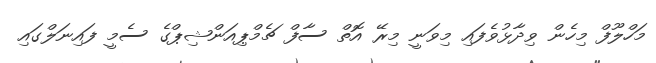
މަހްލޫފް މިހެން ވިދާޅުވެފައި މިވަނީ މިރޭ އޮތް ސާފް ޗެމްޕިއަންޝިޕްގެ ސެމީ ފައިނަލްގައި